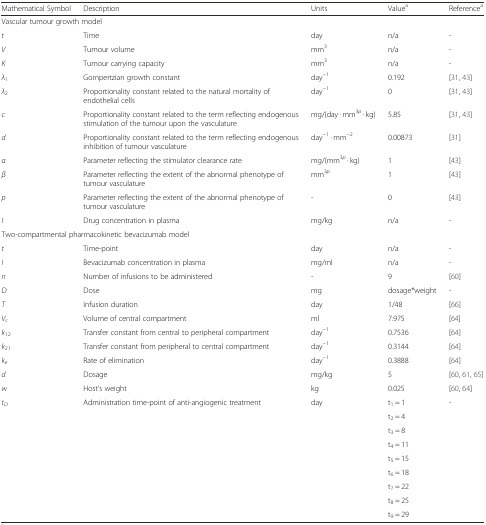
<table><thead><tr><td><b>Mathematical Symbol</b></td><td><b>Description</b></td><td><b>Units</b></td><td><b>Value<sup>a</sup></b></td><td><b>Reference<sup>a</sup></b></td></tr></thead><tbody><tr><td colspan="5">Vascular tumour growth model</td></tr><tr><td><i>t</i></td><td>Time</td><td>day</td><td>n/a</td><td>-</td></tr><tr><td><i>V</i></td><td>Tumour volume</td><td>mm<sup>3</sup></td><td>n/a</td><td>-</td></tr><tr><td><i>K</i></td><td>Tumour carrying capacity</td><td>mm<sup>3</sup></td><td>n/a</td><td>-</td></tr><tr><td><i>λ</i><sub>1</sub></td><td>Gompertzian growth constant</td><td>day<sup>−1</sup></td><td>0.192</td><td>[31, 43]</td></tr><tr><td><i>λ</i><sub>2</sub></td><td>Proportionality constant related to the natural mortality of endothelial cells</td><td>day<sup>−1</sup></td><td>0</td><td>[31, 43]</td></tr><tr><td><i>c</i></td><td>Proportionality constant related to the term reflecting endogenous stimulation of the tumour upon the vasculature</td><td>mg/(day · mm<sup>3<i>p</i></sup> · kg)</td><td>5.85</td><td>[31, 43]</td></tr><tr><td><i>d</i></td><td>Proportionality constant related to the term reflecting endogenous inhibition of tumour vasculature</td><td>day<sup>−1</sup> · mm<sup>−2</sup></td><td>0.00873</td><td>[31]</td></tr><tr><td><i>α</i></td><td>Parameter reflecting the stimulator clearance rate</td><td>mg/(mm<sup>3<i>p</i></sup> · kg)</td><td>1</td><td>[43]</td></tr><tr><td><i>β</i></td><td>Parameter reflecting the extent of the abnormal phenotype of tumour vasculature</td><td>mm<sup>3<i>p</i></sup></td><td>1</td><td>[43]</td></tr><tr><td><i>p</i></td><td>Parameter reflecting the extent of the abnormal phenotype of tumour vasculature</td><td>-</td><td>0</td><td>[43]</td></tr><tr><td><i>I</i></td><td>Drug concentration in plasma</td><td>mg/kg</td><td>n/a</td><td>-</td></tr><tr><td colspan="5">Two-compartmental pharmacokinetic bevacizumab model</td></tr><tr><td><i>t</i></td><td>Time-point</td><td>day</td><td>n/a</td><td>-</td></tr><tr><td><i>I</i></td><td>Bevacizumab concentration in plasma</td><td>mg/ml</td><td>n/a</td><td>-</td></tr><tr><td><i>n</i></td><td>Number of infusions to be administered</td><td>-</td><td>9</td><td>[60]</td></tr><tr><td><i>D</i></td><td>Dose</td><td>mg</td><td>dosage*weight</td><td>-</td></tr><tr><td><i>T</i></td><td>Infusion duration</td><td>day</td><td>1/48</td><td>[66]</td></tr><tr><td><i>V</i><sub><i>c</i></sub></td><td>Volume of central compartment</td><td>ml</td><td>7.975</td><td>[64]</td></tr><tr><td><i>k</i><sub>12</sub></td><td>Transfer constant from central to peripheral compartment</td><td>day<sup>−1</sup></td><td>0.7536</td><td>[64]</td></tr><tr><td><i>k</i><sub>21</sub></td><td>Transfer constant from peripheral to central compartment</td><td>day<sup>−1</sup></td><td>0.3144</td><td>[64]</td></tr><tr><td><i>k</i><sub><i>e</i></sub></td><td>Rate of elimination</td><td>day<sup>−1</sup></td><td>0.3888</td><td>[64]</td></tr><tr><td><i>d</i></td><td>Dosage</td><td>mg/kg</td><td>5</td><td>[60, 61, 65]</td></tr><tr><td><i>w</i></td><td>Host’s weight</td><td>kg</td><td>0.025</td><td>[60, 64]</td></tr><tr><td rowspan="9"><i>t</i><sub><i>D</i></sub></td><td rowspan="9">Administration time-point of anti-angiogenic treatment</td><td rowspan="9">day</td><td>t<sub>1</sub> = 1</td><td rowspan="9">-</td></tr><tr><td>t<sub>2</sub> = 4</td></tr><tr><td>t<sub>3</sub> = 8</td></tr><tr><td>t<sub>4</sub> = 11</td></tr><tr><td>t<sub>5</sub> = 15</td></tr><tr><td>t<sub>6</sub> = 18</td></tr><tr><td>t<sub>7</sub> = 22</td></tr><tr><td>t<sub>8</sub> = 25</td></tr><tr><td>t<sub>9</sub> = 29</td></tr></tbody></table>